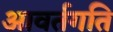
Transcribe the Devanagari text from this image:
आवर्तगति